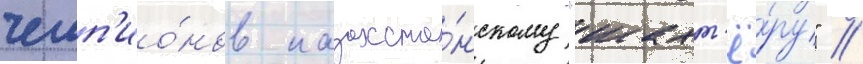
чемп'ио́нов казахста́нскому "шахт'ё́ру" //